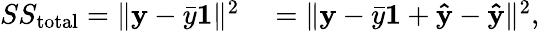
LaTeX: \begin{array}{rl}{SS_{\mathrm{total}}=\Vert\mathbf{y}-{\bar{y}}\mathbf{1}\Vert^{2}}&{{}=\Vert\mathbf{y}-{\bar{y}}\mathbf{1}+\mathbf{\hat{y}}-\mathbf{\hat{y}}\Vert^{2},}\end{array}